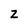
Character: z